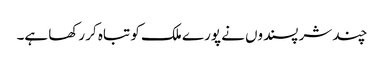
چند شر پسندوں نے پورے ملک کو تباہ کر رکھا ہے۔